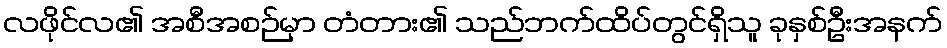
လဖိုင်လ၏ အစီအစဉ်မှာ တံတား၏ သည်ဘက်ထိပ်တွင်ရှိသူ ခုနှစ်ဦးအနက်